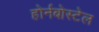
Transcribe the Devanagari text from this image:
होर्नबोस्टेल